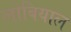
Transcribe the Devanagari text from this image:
लोबियाल